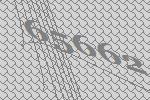
65662